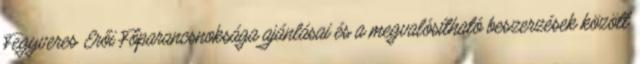
Fegyveres Erői Főparancsnoksága ajánlásai és a megvalósítható beszerzések között